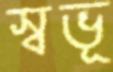
স্বভূ